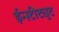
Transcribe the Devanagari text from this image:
ईन्स्टीट्युट